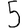
Digit: 5